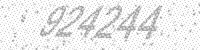
Solution: 924244